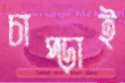
চাপ্‌ড়াই